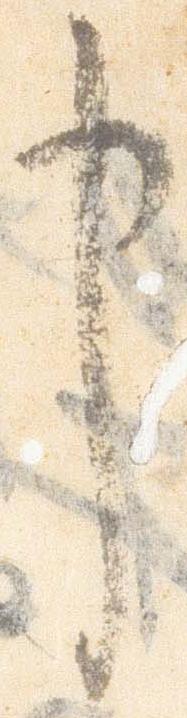
申